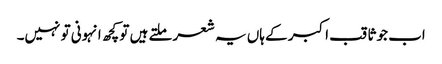
اب جو ثاقب اکبر کے ہاں یہ شعر ملتے ہیں تو کچھ انہونی تو نہیں۔